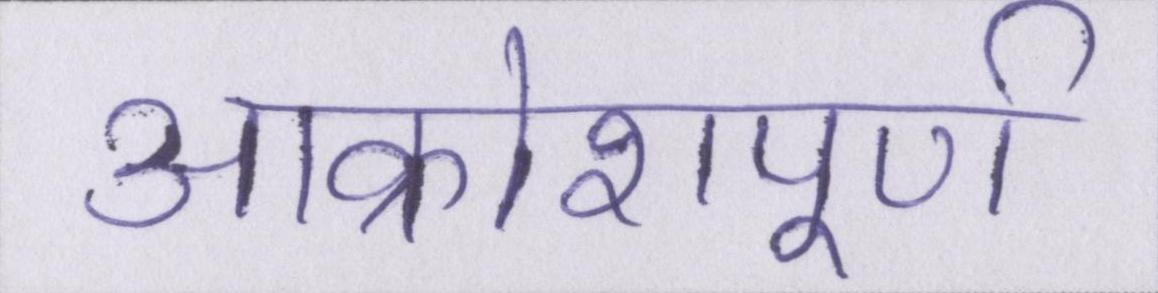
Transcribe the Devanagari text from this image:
आक्रोशपूर्ण